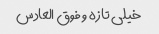
خیلی تازه و فوق العادس